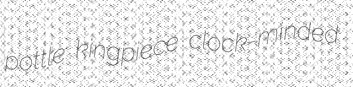
pottle kingpiece clock-minded